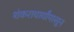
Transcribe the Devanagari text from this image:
शंकराचार्यांपासून